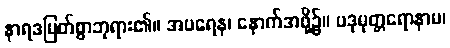
နာရဒမြတ်စွာဘုရား၏။ အပရေန၊ နောက်အဖို့၌။ ပဒုမုတ္တရောနာမ၊